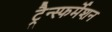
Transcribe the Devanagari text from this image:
ट्रैन्स्फर्मेशन